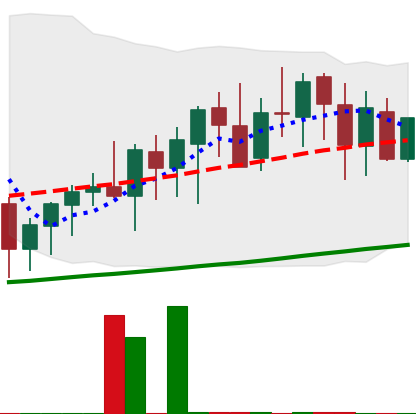
Ticker: XMR-USD
Chart end date: 2020-09-24
Forward return: 9.325%
Label: up_7plus